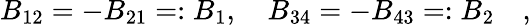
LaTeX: B_{12}=-B_{21}=:B_{1},\quad B_{34}=-B_{43}=:B_{2}\quad,